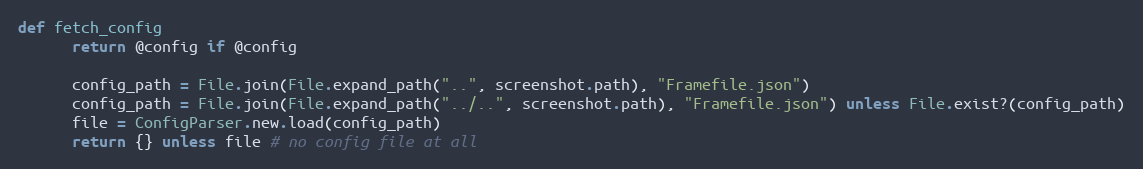
Language: Ruby
def fetch_config
      return @config if @config

      config_path = File.join(File.expand_path("..", screenshot.path), "Framefile.json")
      config_path = File.join(File.expand_path("../..", screenshot.path), "Framefile.json") unless File.exist?(config_path)
      file = ConfigParser.new.load(config_path)
      return {} unless file # no config file at all